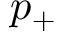
p _ { + }